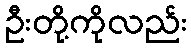
ဦးတို့ကိုလည်း